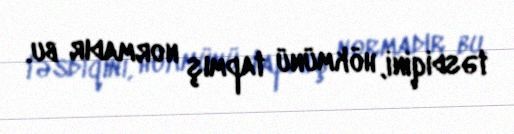
təsdiqini, hökmünü tapmış normadır bu.